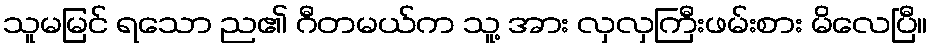
သူမမြင် ရသော ည၏ ဂီတမယ်က သူ့ အား လှလှကြီးဖမ်းစား မိလေပြီ။